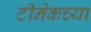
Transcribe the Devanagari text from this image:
टीनेकच्या